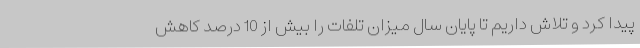
پیدا کرد و تلاش داریم تا پایان سال میزان تلفات را بیش از 10 درصد کاهش